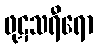
ဖုဋသရီရော